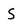
Character: S